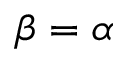
\beta = \alpha